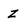
Character: z